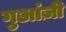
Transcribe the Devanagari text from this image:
गुआंज़ी